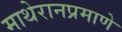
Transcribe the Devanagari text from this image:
माथेरानप्रमाणे